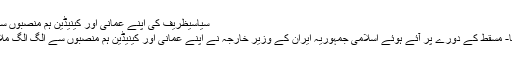
سیاسیظریف کی اپنے عمانی اور کینیڈین ہم منصبوں سے ملاقات
تہران، ارنا- مسقط کے دورے پر آئے ہوئے اسلامی جمہوریہ ایران کے وزیر خارجہ نے اپنے عمانی اور کینیڈین ہم منصبوں سے الگ الگ ملاقاتیں کیں۔